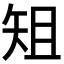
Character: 𮀀